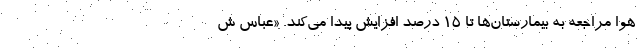
هوا مراجعه به بیمارستان‌ها تا ۱۵ درصد افزایش پیدا می‌کند. «عباس ش